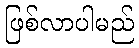
ဖြစ်လာပါမည်